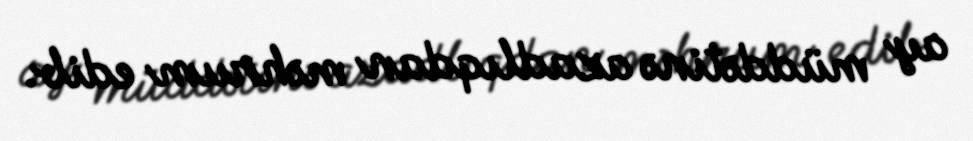
ay müddətinə azadlıqdan məhrum edib.